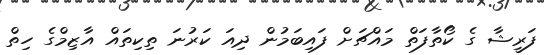
ފަރީޝާ ގެ ކޯތާފަތް މައްޗަށް ފައިބަމުން ދިއަ ކަރުނަ ތިކިތައް އާޒިމްގެ ހިތް